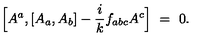
\Bigl [ A ^ { a } , [ A _ { a } , A _ { b } ] - \frac { i } { k } f _ { a b c } A ^ { c } \Bigr ] \ = \ 0 .